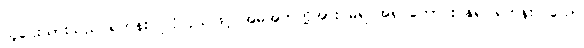
သူဌေးသားသည် ရဟန်းပြုလိုလှသဖြင့် အမိအဘတို့အား မရ အရ တောင်းပန်၍ ရဟန်းပြုသော်